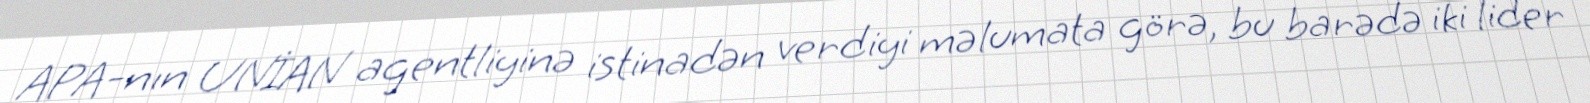
APA-nın UNİAN agentliyinə istinadən verdiyi məlumata görə, bu barədə iki lider